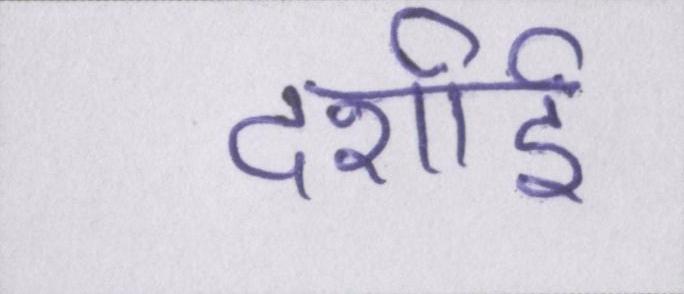
दर्शाई